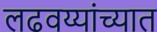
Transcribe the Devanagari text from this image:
लढवय्यांच्यात